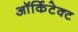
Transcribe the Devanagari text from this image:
ऑर्किटेक्ट